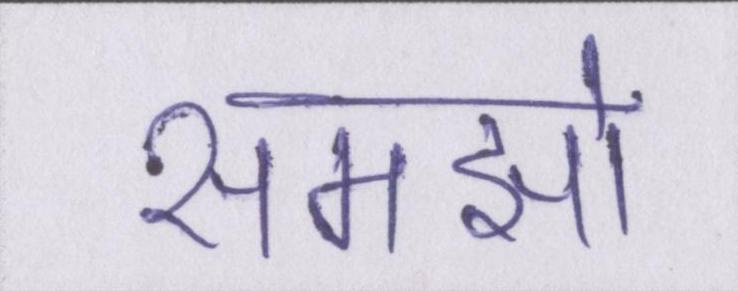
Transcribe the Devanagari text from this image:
समझो